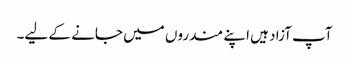
آپ آزاد ہیں اپنے مندروں میں جانے کے لیے۔